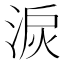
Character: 𱦾